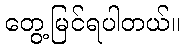
တွေ့မြင်ရပါတယ်။